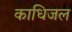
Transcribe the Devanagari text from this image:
काधिजल